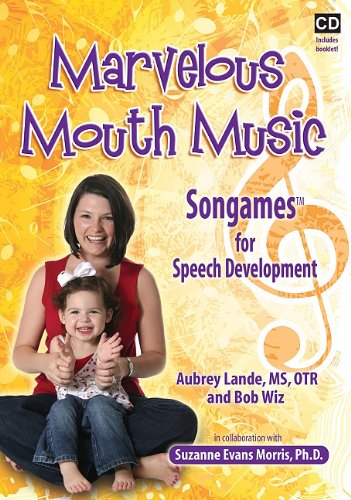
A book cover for Marvelous Mouth Music: Songames for Speech Development; Suzanne Evans Morris; Health, Fitness & Dieting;